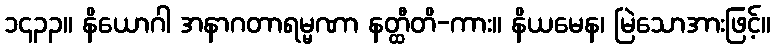
၁၄၃၃။ နိယောဂါ အနာဂတာရမ္မဏာ နတ္ထီတိ-ကား။ နိယမေန၊ မြဲသောအားဖြင့်။